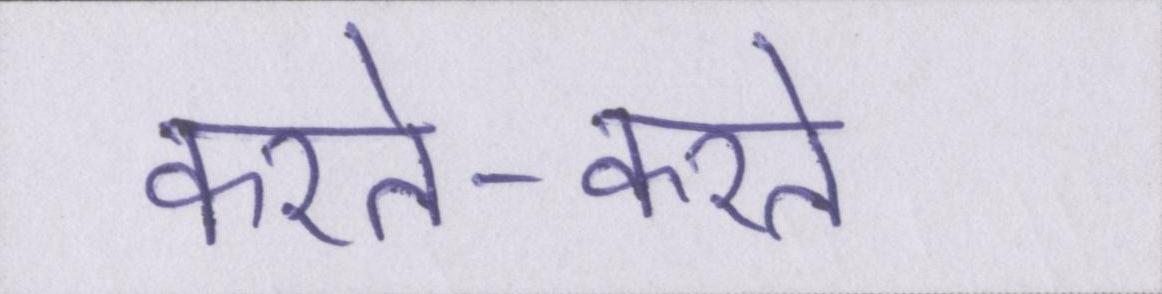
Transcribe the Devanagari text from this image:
करते-करते